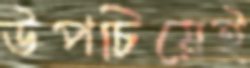
উপচিয়েই